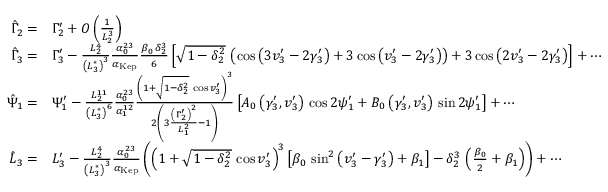
\begin{array} { r l } { \hat { \Gamma } _ { 2 } = } & { \Gamma _ { 2 } ^ { \prime } + O \left( \frac { 1 } { L _ { 2 } ^ { 3 } } \right) } \\ { \hat { \Gamma } _ { 3 } = } & { \Gamma _ { 3 } ^ { \prime } - \frac { L _ { 2 } ^ { 4 } } { \left( L _ { 3 } ^ { * } \right) ^ { 3 } } \frac { \alpha _ { 0 } ^ { 2 3 } } { \alpha _ { \mathrm { K e p } } } \frac { \beta _ { 0 } \, \delta _ { 2 } ^ { 3 } } { 6 } \left[ \sqrt { 1 - \delta _ { 2 } ^ { 2 } } \, \left( \cos \left( 3 v _ { 3 } ^ { \prime } - 2 \gamma _ { 3 } ^ { \prime } \right) + 3 \cos \left( v _ { 3 } ^ { \prime } - 2 \gamma _ { 3 } ^ { \prime } \right) \right) + 3 \cos \left( 2 v _ { 3 } ^ { \prime } - 2 \gamma _ { 3 } ^ { \prime } \right) \right] + \cdots } \\ { \hat { \Psi } _ { 1 } = } & { \Psi _ { 1 } ^ { \prime } - \frac { L _ { 2 } ^ { 1 1 } } { \left( L _ { 3 } ^ { * } \right) ^ { 6 } } \frac { \alpha _ { 0 } ^ { 2 3 } } { \alpha _ { 1 } ^ { 1 2 } } \frac { \left( 1 + \sqrt { 1 - \delta _ { 2 } ^ { 2 } } \, \cos v _ { 3 } ^ { \prime } \right) ^ { 3 } } { 2 \left( 3 \frac { \left( \Gamma _ { 2 } ^ { \prime } \right) ^ { 2 } } { L _ { 1 } ^ { 2 } } - 1 \right) } \left[ A _ { 0 } \left( \gamma _ { 3 } ^ { \prime } , v _ { 3 } ^ { \prime } \right) \, \cos 2 \psi _ { 1 } ^ { \prime } + B _ { 0 } \left( \gamma _ { 3 } ^ { \prime } , v _ { 3 } ^ { \prime } \right) \, \sin 2 \psi _ { 1 } ^ { \prime } \right] + \cdots } \\ { \hat { L } _ { 3 } = } & { L _ { 3 } ^ { \prime } - \frac { L _ { 2 } ^ { 4 } } { \left( L _ { 3 } ^ { * } \right) ^ { 3 } } \frac { \alpha _ { 0 } ^ { 2 3 } } { \alpha _ { \mathrm { K e p } } } \left( \left( 1 + \sqrt { 1 - \delta _ { 2 } ^ { 2 } } \, \cos v _ { 3 } ^ { \prime } \right) ^ { 3 } \left[ \beta _ { 0 } \, \sin ^ { 2 } \left( v _ { 3 } ^ { \prime } - \gamma _ { 3 } ^ { \prime } \right) + \beta _ { 1 } \right] - \delta _ { 2 } ^ { 3 } \, \left( \frac { \beta _ { 0 } } { 2 } + \beta _ { 1 } \right) \right) + \cdots } \end{array}